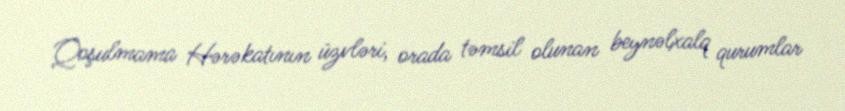
Qoşulmama Hərəkatının üzvləri, orada təmsil olunan beynəlxalq qurumlar